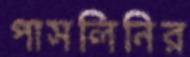
পাসলিনির